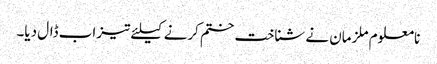
نامعلوم ملزمان نے شناخت ختم کرنے کیلئے تیزاب ڈال دیا۔